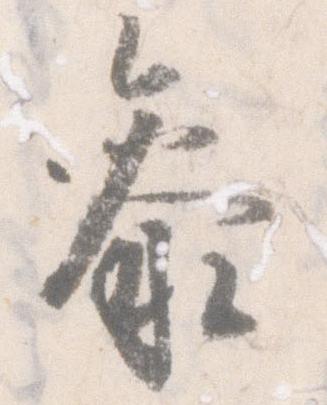
参